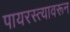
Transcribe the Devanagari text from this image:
पायरस्त्यावरून